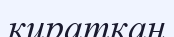
кираткан